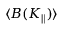
\langle B ( K _ { \parallel } ) \rangle